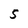
Character: S